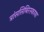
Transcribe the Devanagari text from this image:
त्रांससिबिरस्काया